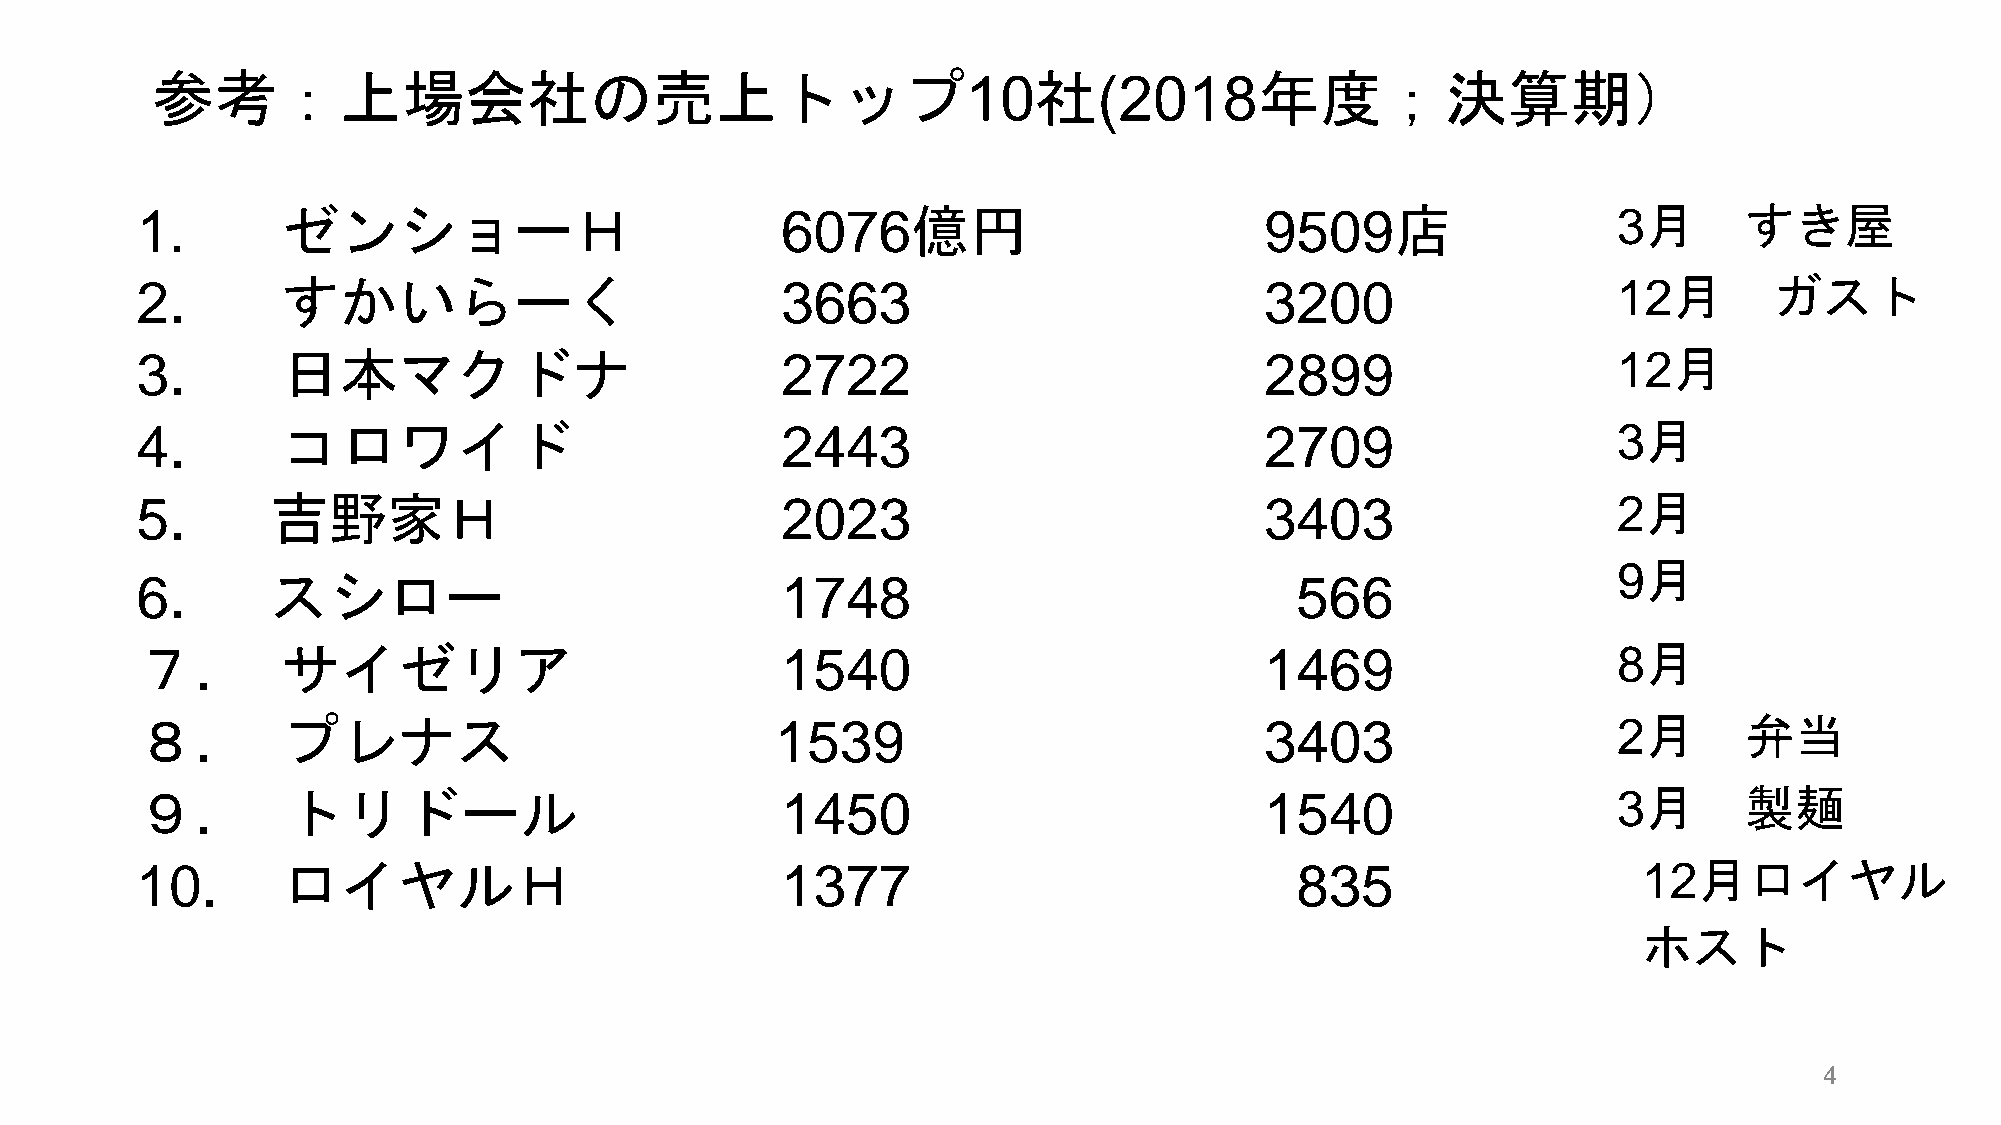
参考：上場会社の売上トップ10社(2018年度；決算期）
 1.        ゼンショーＨ                           6076億円                          9509店                  3月      すき屋
 2.        すかいらーく                           3663                            3200                   12月       ガスト
 3.        日本マクドナ                           2722                            2899                   12月
 4.        コロワイド                            2443                            2709                   3月
 5.       吉野家Ｈ                              2023                            3403                   2月
 9月
 6.       スシロー                              1748                              566
 ７.        サイゼリア                            1540                            1469                   8月
 ８.        プレナス                            1539                             3403                   2月      弁当
 ９.        トリドール                            1450                            1540                   3月      製麺
 10.       ロイヤルＨ                            1377                              835                    12月ロイヤル
 ホスト
 4